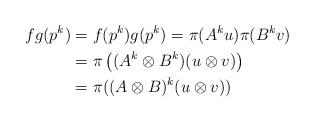
LaTeX: \begin{align*} fg(p^k) &= f(p^k)g(p^k) = \pi(A^k u)\pi(B^k v) \\ &= \pi\left((A^k \otimes B^k)(u \otimes v)\right) \\ &= \pi((A \otimes B)^k (u \otimes v))\end{align*}